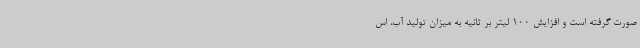
صورت گرفته است‌ و افزایش 100 لیتر بر ثانیه به میزان تولید آب‌، اس